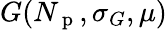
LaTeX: G(N_{\mathrm{~p~}},\sigma_{G},\mu)